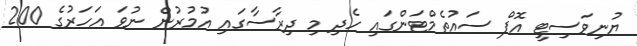
ޔުނިވަސިޓީ އޮފް ސައުތެމްޓަންގައި ހެދި މި ދިރާސާގައި އުމުރުން ނުވަ އަހަރުގެ 200